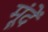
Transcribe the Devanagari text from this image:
मूंदें